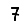
Digit: 7